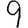
Digit: 9